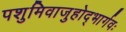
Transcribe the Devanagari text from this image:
पशुमिवाजुहोद्भार्गवः